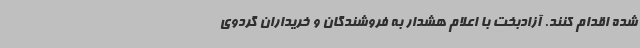
شده اقدام کنند. آزادبخت با اعلام هشدار به فروشندگان و خریداران گردوی